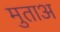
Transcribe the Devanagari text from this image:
मुताअ